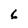
Character: 6